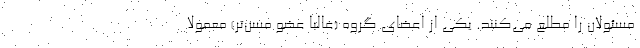
مسئولان را مطلع می‌کنند. یکی از اعضای گروه (غالباً عضو مسن‌تر) معمولاً